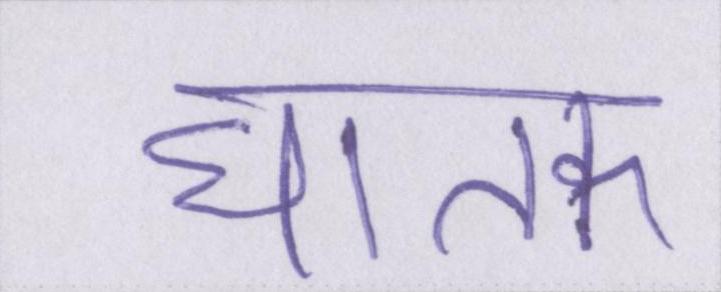
घातक